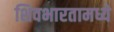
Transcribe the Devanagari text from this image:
शिवभारतामध्ये